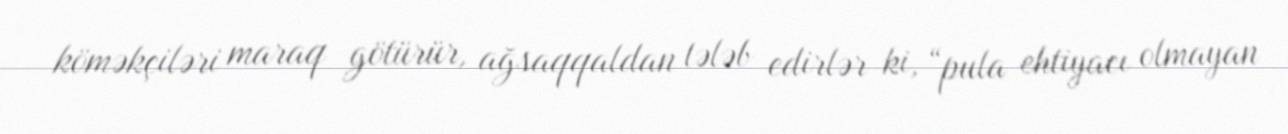
köməkçiləri maraq götürür, ağsaqqaldan tələb edirlər ki, “pula ehtiyacı olmayan